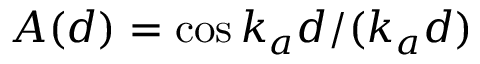
A ( d ) = \cos { k _ { a } d } / ( k _ { a } d )